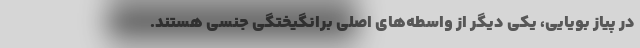
در پیاز بویایی، یکی دیگر از واسطه‌های اصلی برانگیختگی جنسی هستند.